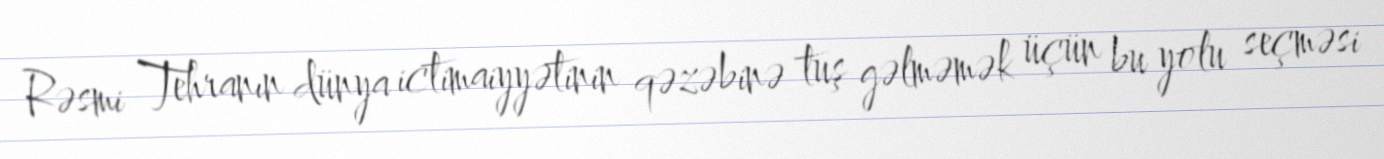
Rəsmi Tehranın dünya ictimaiyyətinin qəzəbinə tuş gəlməmək üçün bu yolu seçməsi